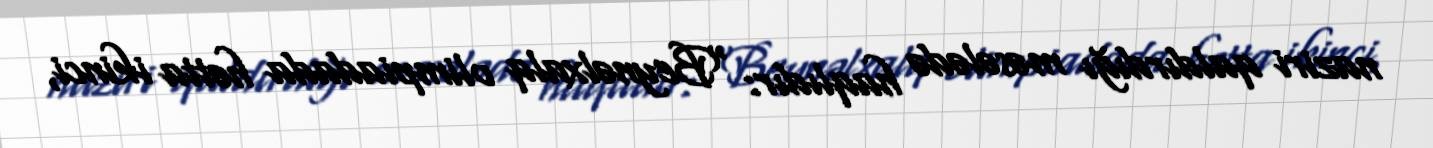
naziri qaldırdığı məsələdə haqlıdır: “Beynəlxalq olimpiadada hətta ikinci,